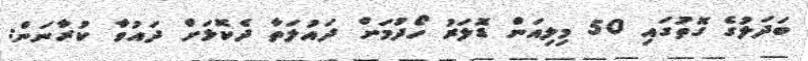
ބަދަލުގެ ގޮތުގައި 50 މިލިއަން ޑޮލަރު ހޯދުމަށް ދައުލަތާ ދެކޮޅަށް ދައުވާ ކުރާނަން: